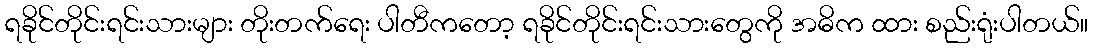
ရခိုင်တိုင်းရင်းသားများ တိုးတက်ရေး ပါတီကတော့ ရခိုင်တိုင်းရင်းသားတွေကို အဓိက ထား စည်းရုံးပါတယ်။